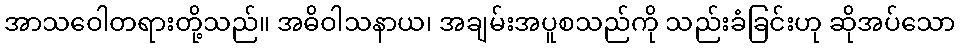
အာသဝေါတရားတို့သည်။ အဓိဝါသနာယ၊ အချမ်းအပူစသည်ကို သည်းခံခြင်းဟု ဆိုအပ်သော